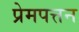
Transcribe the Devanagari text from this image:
प्रेमपत्तन